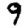
Digit: 9